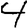
Digit: 4